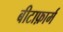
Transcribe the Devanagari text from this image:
बीटाफ़ार्म